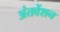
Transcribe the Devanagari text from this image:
अंतवेंशन